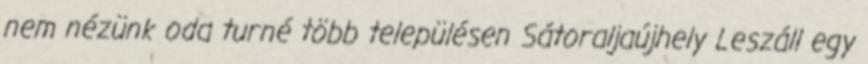
nem nézünk oda turné több településen Sátoraljaújhely Leszáll egy